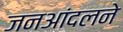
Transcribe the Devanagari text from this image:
जनआंदलने